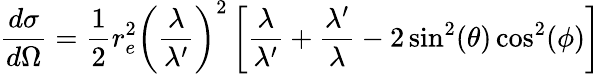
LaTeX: {\frac{d\sigma}{d\Omega}}={\frac{1}{2}}r_{e}^{2}\left({\frac{\lambda}{\lambda^{\prime}}}\right)^{2}\left[{\frac{\lambda}{\lambda^{\prime}}}+{\frac{\lambda^{\prime}}{\lambda}}-2\sin^{2}(\theta)\cos^{2}(\phi)\right]